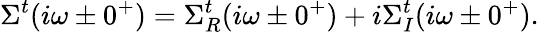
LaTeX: \Sigma^{t}(i\omega\pm 0^{+})=\Sigma_{R}^{t}(i\omega\pm 0^{+})+i\Sigma_{I}^{t}(i\omega\pm 0^{+}).